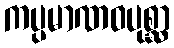
ကပ္ပမာဏဝပုစ္ဆာ